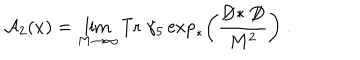
LaTeX: { \cal A } _ { 2 } ( x ) = \lim _ { M \to \infty } \mathrm { T r } \; \gamma _ { 5 } \exp _ { * } \left( \frac { \not \! \! D * \not \! \! D } { M ^ { 2 } } \right) \; .